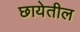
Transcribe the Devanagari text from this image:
छायेतील